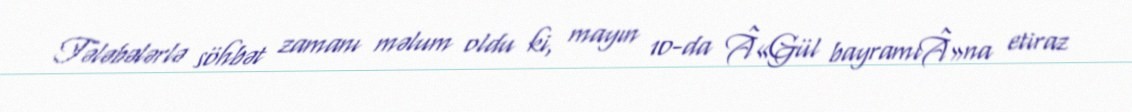
Tələbələrlə söhbət zamanı məlum oldu ki, mayın 10-da Â«Gül bayramıÂ»na etiraz